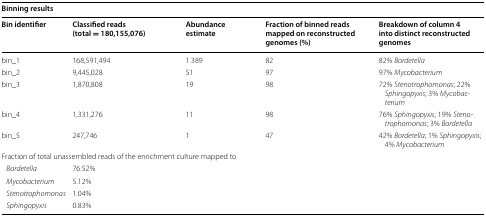
<table><thead><tr><td colspan="5"><b>Binning results</b></td></tr><tr><td><b>Bin identifier</b></td><td><b>Classified reads (total = 180,155,076)</b></td><td><b>Abundance estimate</b></td><td><b>Fraction of binned reads mapped on reconstructed genomes (%)</b></td><td><b>Breakdown of column 4 into distinct reconstructed genomes</b></td></tr></thead><tbody><tr><td>bin_1</td><td>168,591,494</td><td>1.389</td><td>82</td><td>82% <i>Bordetella</i></td></tr><tr><td>bin_2</td><td>9,445,028</td><td>51</td><td>97</td><td>97% <i>Mycobacterium</i></td></tr><tr><td>bin_3</td><td>1,870,808</td><td>19</td><td>98</td><td>72% <i>Stenotrophomonas</i>; 22% <i>Sphingopyxis</i>; 3% <i>Mycobacterium</i></td></tr><tr><td>bin_4</td><td>1,331,276</td><td>11</td><td>98</td><td>76% <i>Sphingopyxis</i>; 19% <i>Stenotrophomonas</i>; 3% <i>Bordetella</i></td></tr><tr><td>bin_5</td><td>247,746</td><td>1</td><td>47</td><td>42% <i>Bordetella</i>; 1% <i>Sphingopyxis</i>; 4% <i>Mycobacterium</i></td></tr><tr><td colspan="5">Fraction of total unassembled reads of the enrichment culture mapped to</td></tr><tr><td> <i>Bordetella</i></td><td colspan="4">76.52%</td></tr><tr><td> <i>Mycobacterium</i></td><td colspan="4">5.12%</td></tr><tr><td> <i>Stenotrophomonas</i></td><td colspan="4">1.04%</td></tr><tr><td> <i>Sphingopyxis</i></td><td colspan="4">0.83%</td></tr></tbody></table>